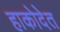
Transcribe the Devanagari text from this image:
हाकोदेत